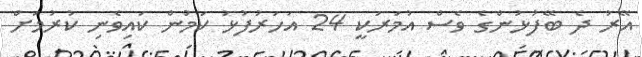
އޭރު ދެ ބޭފުޅުންގެ ވެސް އުމަރަކީ 24 އަހަރުފުޅު ކަމުން ކައިވެނި ކުރުމަށް